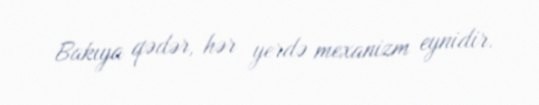
Bakıya qədər, hər yerdə mexanizm eynidir.